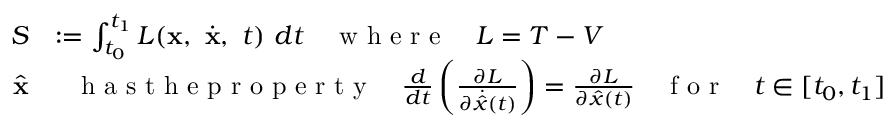
\begin{array} { r l } { S } & { : = \int _ { t _ { 0 } } ^ { t _ { 1 } } L ( { \bf x } , ~ \dot { \bf x } , ~ t ) ~ d t \quad \textrm { w h e r e } \quad L = T - V } \\ { \quad \hat { \bf x } } & { ~ ~ \textrm { h a s t h e p r o p e r t y } \quad \frac { d } { d t } \left( \frac { \partial L } { \partial \dot { \hat { x } } ( t ) } \right) = \frac { \partial L } { \partial \hat { x } ( t ) } \quad \textrm { f o r } \quad t \in [ t _ { 0 } , t _ { 1 } ] } \end{array}